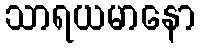
သာရယမာနော